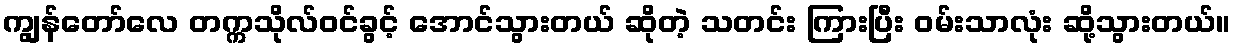
ကျွန်တော်လေ တက္ကသိုလ်ဝင်ခွင့် အောင်သွားတယ် ဆိုတဲ့ သတင်း ကြားပြီး ဝမ်းသာလုံး ဆို့သွားတယ်။